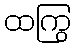
ထကြွ